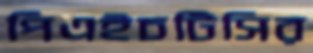
পিএইচটিসির